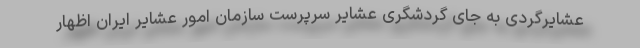
عشایرگردی به جای گردشگری عشایر سرپرست سازمان امور عشایر ایران اظهار